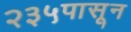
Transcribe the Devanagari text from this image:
२३५पासून